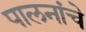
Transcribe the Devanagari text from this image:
पालनांचे